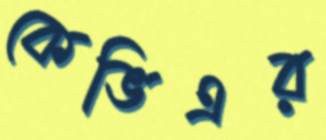
কেভিএর